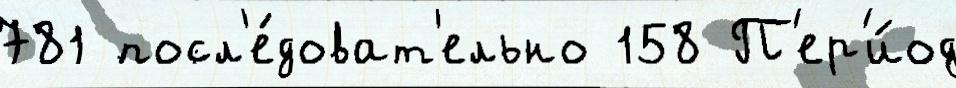
781 посл'е́доват'ельно 158 П'ер'и́од